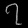
Digit: ၇